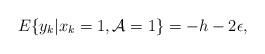
LaTeX: \begin{align*}E\{y_{k} | x_{k} = 1, \mathcal{A} = 1\} = -h -2\epsilon,\end{align*}